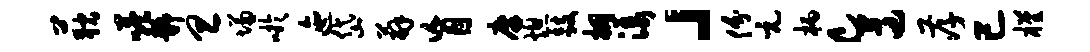
荻嗒静旦慊吁迤岱薜盲廪熄鼓棚漾」份元柄c遵孝已槿